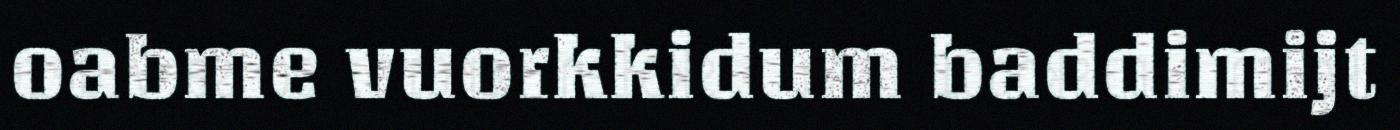
oabme vuorkkidum baddimijt